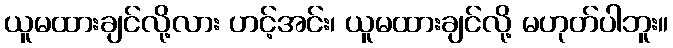
ယူမထားချင်လို့လား ဟင့်အင်း၊ ယူမထားချင်လို့ မဟုတ်ပါဘူး။